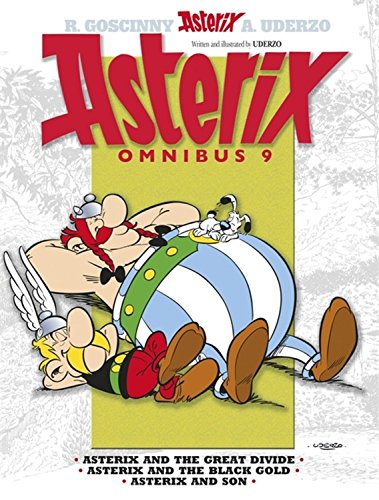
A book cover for Asterix Omnibus 9; Rene Goscinny; Comics & Graphic Novels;